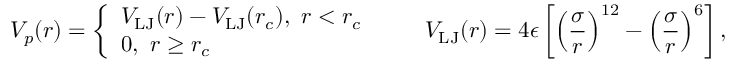
V _ { p } ( r ) = \left\{ \begin{array} { l l } { V _ { \mathrm { L J } } ( r ) - V _ { \mathrm { L J } } ( r _ { c } ) , ~ r < r _ { c } } \\ { 0 , ~ r \ge r _ { c } } \end{array} \right. \quad \quad V _ { \mathrm { L J } } ( r ) = 4 \epsilon \left[ \left( \frac { \sigma } { r } \right) ^ { 1 2 } - \left( \frac { \sigma } { r } \right) ^ { 6 } \right] ,